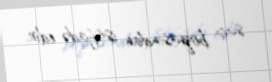
saç boyasından istifadə edir.